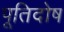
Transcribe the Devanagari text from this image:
पूतिदोष